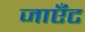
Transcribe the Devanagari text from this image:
जाएँट